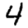
Digit: 4